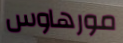
مورهاوس